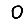
Digit: 0